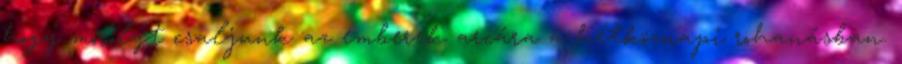
hogy mosolyt csaljunk az emberek arcára a hétköznapi rohanásban.